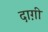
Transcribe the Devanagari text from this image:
दाग़ी